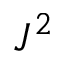
J ^ { 2 }